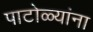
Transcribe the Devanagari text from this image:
पाटोळ्यांना